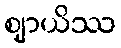
ဈာယိဿ